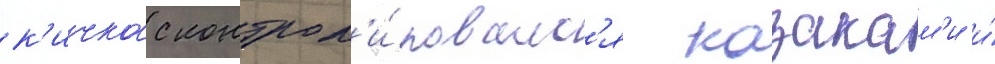
к'ичкас контрол'и́ровалс'я казакам'и и́